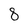
Character: 8